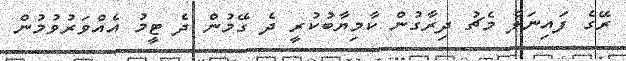
ރޭގެ ފައިނަލް މެޗު ދިރާގުން ކާމިޔާބުކުރީ ދެ ގޭމުން ދެ ޓީމު އެއްވަރުވުމުން